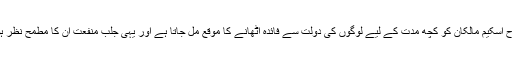
اس طرح اسکیم مالکان کو کچھ مدت کے لیے لوگوں کی دولت سے فائدہ اٹھانے کا موقع مل جاتا ہے اور یہی جلب ِمنفعت ان کا مطمح نظر ہوتا ہے۔